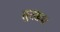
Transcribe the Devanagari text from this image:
तूरख़म